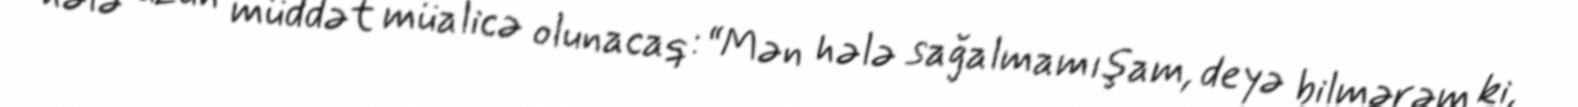
hələ uzun müddət müalicə olunacaq: “Mən hələ sağalmamışam, deyə bilmərəm ki,